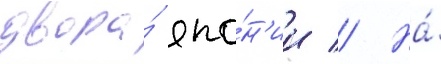
двора́ япо́н'ии // На́